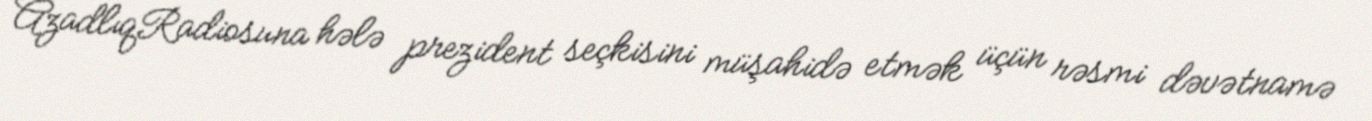
AzadlıqRadiosuna hələ prezident seçkisini müşahidə etmək üçün rəsmi dəvətnamə